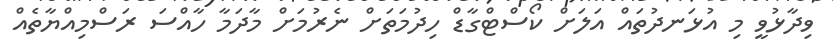
ވިދާޅުވީ މި އުޅަނދުތައް އަލަށް ކޯސްޓްގާޑް ހިދުމަތަށް ނެރުމަށް މާދަމާ ހާއްސަ ރަސްމިއްޔާތެއް